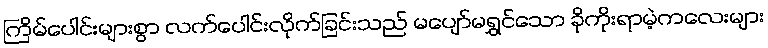
ကြိမ်ပေါင်းများစွာ လက်ပေါင်းလိုက်ခြင်းသည် မပျော်မရွှင်သော ခိုကိုးရာမဲ့ကလေးများ